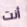
أنت